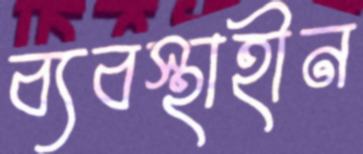
ব্যবস্থাহীন